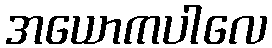
အယောကပါလေ